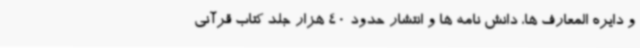
و دایره المعارف ها، دانش نامه ها و انتشار حدود 40 هزار جلد کتاب قرآنی